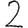
Digit: 2